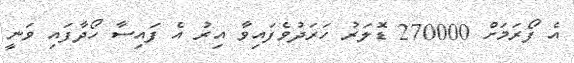
އެ ފޯރަމަށް 270000 ޑޮލަރު ހަރަދުވެފައިވާ އިރު އެ ފައިސާ ހޯދާފައި ވަނީ